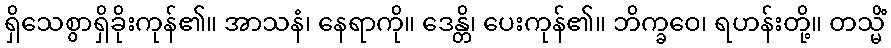
ရှိသေစွာရှိခိုးကုန်၏။ အာသနံ၊ နေရာကို။ ဒေန္တိ၊ ပေးကုန်၏။ ဘိက္ခဝေ၊ ရဟန်းတို့။ တသ္မိံ